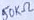
Text: 50KΩ